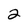
Character: 2